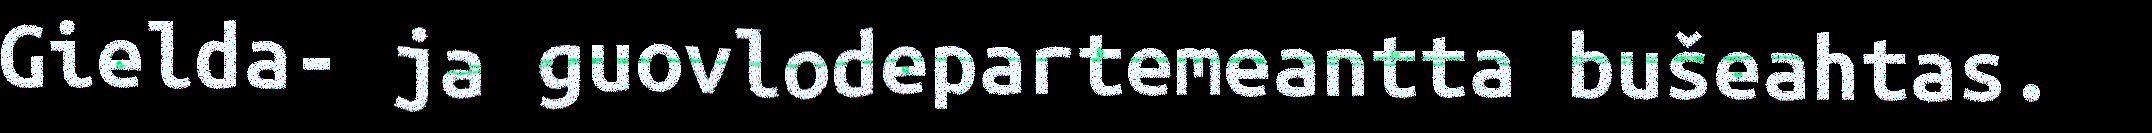
Gielda- ja guovlodepartemeantta bušeahtas.